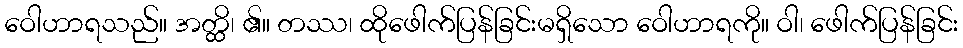
ဝေါဟာရသည်။ အတ္ထိ၊ ၏။ တဿ၊ ထိုဖေါက်ပြန်ခြင်းမရှိသော ဝေါဟာရကို။ ဝါ၊ ဖေါက်ပြန်ခြင်း